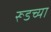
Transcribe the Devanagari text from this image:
रूडच्या